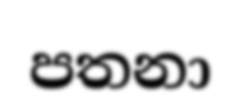
පතනා